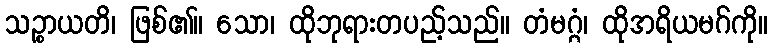
သဉ္စာယတိ၊ ဖြစ်၏။ သော၊ ထိုဘုရားတပည့်သည်။ တံမဂ္ဂံ၊ ထိုအရိယမဂ်ကို။